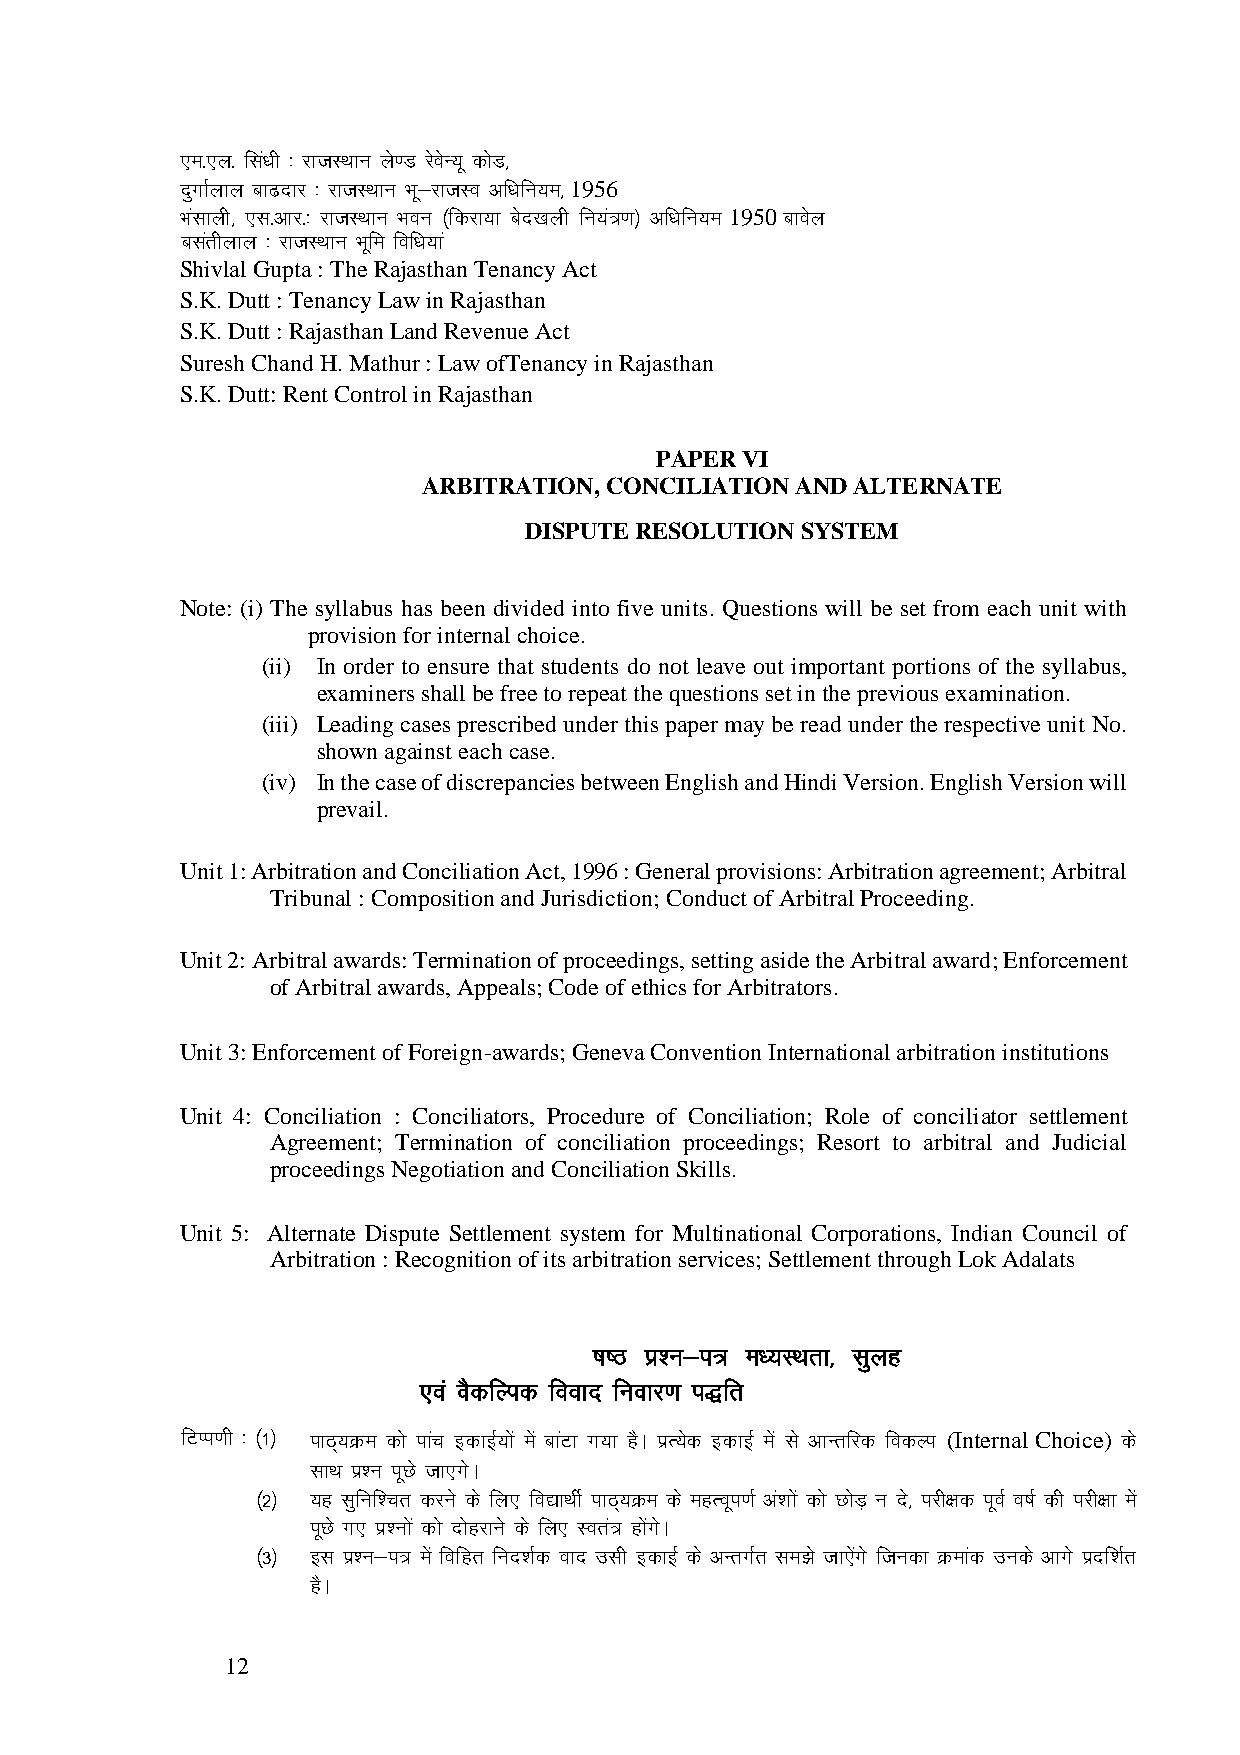
,e-,y- fala/kh % jktLFkku ys.M jsosU;w dksM]
 nxq kZyky ck<nkj % jktLFkku Hkw&jktLo vf/kfu;e] 1956
 Hkalkyh] ,l-vkj-% jktLFkku Hkou ¼fdjk;k csn[kyh fu;a=.k½ vf/kfu;e 1950 ckosy
 clra hyky % jktLFkku Hkwfe fof/k;ka
 Shivlal Gupta : The Rajasthan Tenancy Act
 S.K. Dutt : Tenancy Law in Rajasthan
 S.K. Dutt : Rajasthan Land Revenue Act
 Suresh Chand H. Mathur : Law ofTenancy in Rajasthan
 S.K. Dutt: Rent Control in Rajasthan
 PAPER VI
 ARBITRATION, CONCILIATION AND ALTERNATE
 DISPUTE RESOLUTION SYSTEM
 Note: (i) The syllabus has been divided into five units. Questions will be set from each unit with
 provision for internal choice.
 (ii) In order to ensure that students do not leave out important portions of the syllabus,
 examiners shall be free to repeat the questions set in the previous examination.
 (iii) Leading cases prescribed under this paper may be read under the respective unit No.
 shown against each case.
 (iv) In the case of discrepancies between English and Hindi Version. English Version will
 prevail.
 Unit 1: Arbitration and Conciliation Act, 1996 : General provisions: Arbitration agreement; Arbitral
 Tribunal : Composition and Jurisdiction; Conduct of Arbitral Proceeding.
 Unit 2: Arbitral awards: Termination of proceedings, setting aside the Arbitral award; Enforcement
 of Arbitral awards, Appeals; Code of ethics for Arbitrators.
 Unit 3: Enforcement of Foreign-awards; Geneva Convention International arbitration institutions
 Unit 4: Conciliation : Conciliators, Procedure of Conciliation; Role of conciliator settlement
 Agreement; Termination of conciliation proceedings; Resort to arbitral and Judicial
 proceedings Negotiation and Conciliation Skills.
 Unit 5: Alternate Dispute Settlement system for Multinational Corporations, Indian Council of
 Arbitration : Recognition of its arbitration services; Settlement through Lok Adalats
 "k"B iz'u&i= e/;LFkrk] lqyg
 ,o a oSdfYid fookn fuokj.k i)fr
 fVIi.kh % ¼1½ ikB;~ Øe dks ikap bdkbZ;ks a esa ckaVk x;k gSA izR;sd bdkbZ esa ls vkUrfjd fodYi (Internal Choice) ds
 lkFk iz'u iwNs tk,xAs
 ¼2½ ;g lqfuf'pr djus ds fy, fo|kFkhZ ikB;~ Øe d s egRowi.kZ va'kks a dks NksM+ u n]s ijh{kd iwoZ o"kZ dh ijh{kk es a
 iwNs x, iz'uks a dks nksgjku s d s fy, Lor=a gksxa As
 ¼3½ bl iz'u&i= es a fofgr fun'kZd okn mlh bdkbZ ds vUrxZr le>s tk,sxa s ftudk Øekad muds vkx s iznf'kZr
 gSA
 12